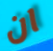
ان